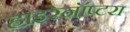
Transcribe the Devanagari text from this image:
हाइरेनॉप्टरा